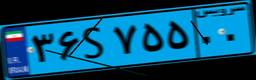
۳۶S۷۵۵۰۰